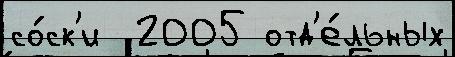
со́ск'и  2005 отд'е́льных